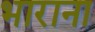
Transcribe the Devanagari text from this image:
भाराना